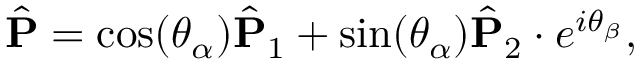
\begin{array} { r } { \hat { \bf P } = \cos ( \theta _ { \alpha } ) \hat { \bf P } _ { 1 } + \sin ( \theta _ { \alpha } ) \hat { \bf P } _ { 2 } \cdot e ^ { i \theta _ { \beta } } , } \end{array}